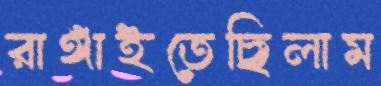
রাঙ্গাইতেছিলাম